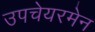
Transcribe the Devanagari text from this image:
उपचेयरमेन